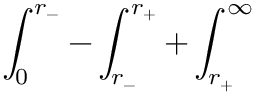
\int _ { 0 } ^ { r _ { - } } - \int _ { r _ { - } } ^ { r _ { + } } + \int _ { r _ { + } } ^ { \infty }